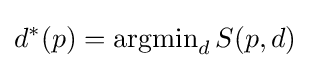
d^{*}(p)=\operatorname {argmin} _{d}S(p,d)